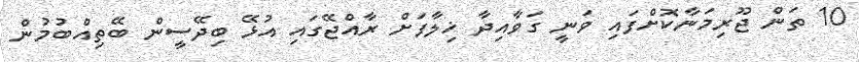
10 ތަން ޖޫރިމަނާކޮށްފައި ވަނީ ގަވާއިދާ ޚިލާފަށް ރާއްޖޭގައި އުޅޭ ބިދޭސީން ބޭތިއްބުމުން